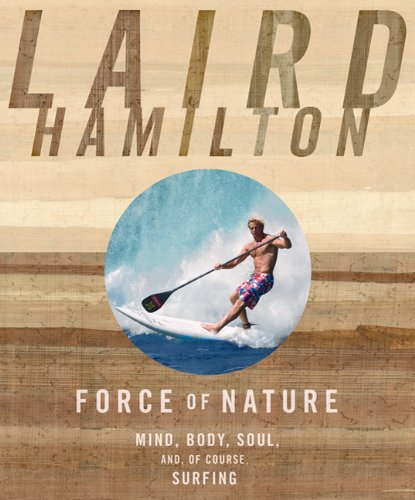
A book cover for Force of Nature: Mind, Body, Soul, And, of Course, Surfing; Laird Hamilton; Sports & Outdoors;